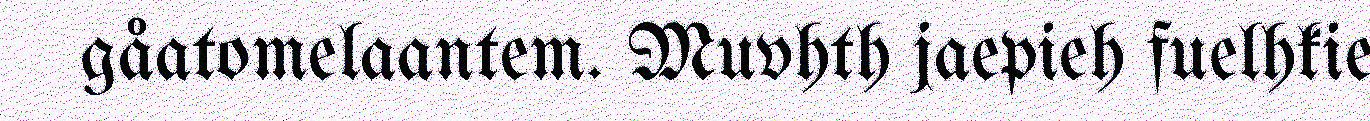
gåatomelaantem. Muvhth jaepieh fuelhkie